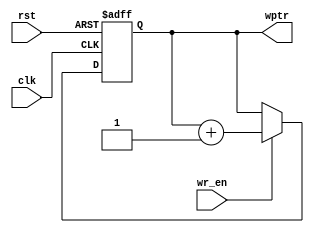
module write_pointer #(parameter ADDR_WIDTH = 4) (
    input wire clk,
    input wire rst,
    input wire wr_en,
    output reg [ADDR_WIDTH:0] wptr
);

    always @(posedge clk or posedge rst) begin
        if (rst) begin
            wptr <= 0;
        end else if (wr_en) begin
            wptr <= wptr + 1;
        end
    end

endmodule